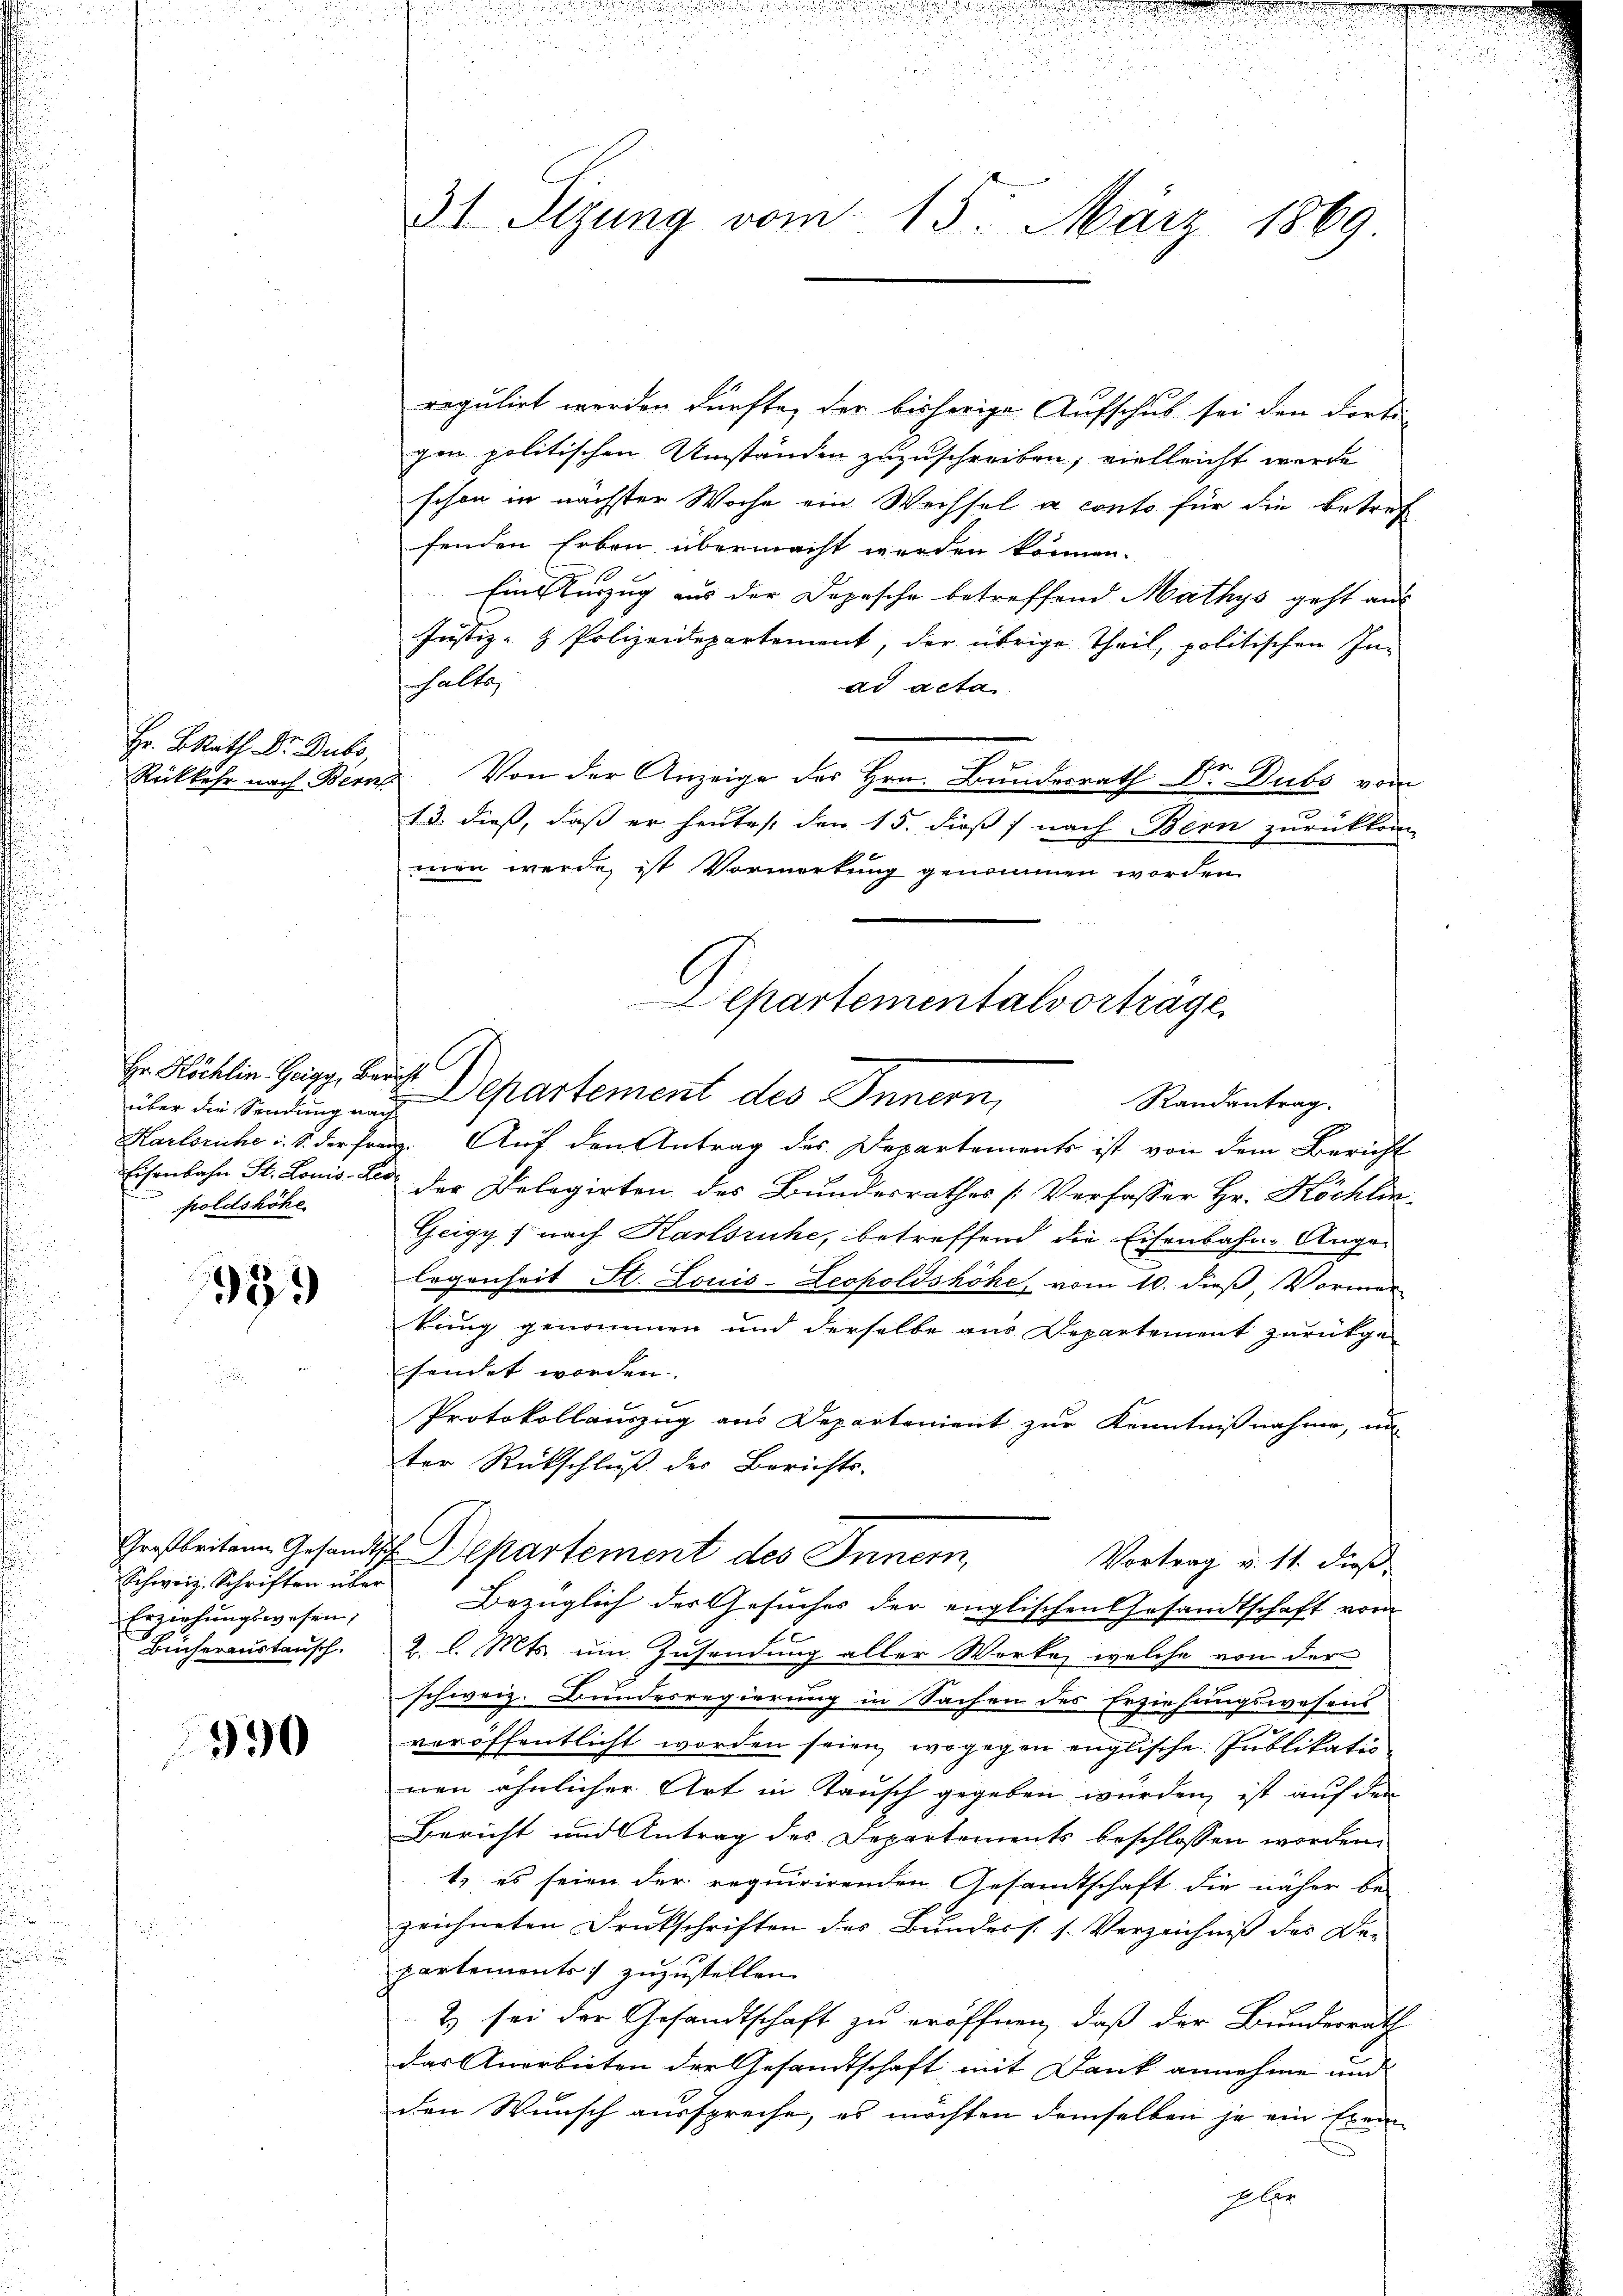
Hr. S. Rath Dr. Dubs,
Rückkehr nach Bern

über die Sendung nach
poldshöhe

933

Großbritann Gesandts
Schweiz. Schriften über
Erziehungswesen,
Bücheraustausch.

390

31 Setzung vom 15. März 1869

.

regulirt werden dürfte, der bisherige Aufschub sei den dorti-
gen politischen Umständen zuzuschreiben, vielleicht werde
schon in nächster Woche ein Wechsel a conto für die Betref
fenden Erben übermacht werden können.
Eine Verzug aus der Depesche betreffend Mathys geht aus
Justiz- & Polizeidepartement, der übrige Theil, politischen In-
shalte,
ad acta
 Von der Anzeige des Hrn. Bundesrath Dr. Dubs vom
13. dieß, daß er heutes den 15. dieß nach Bern zurückkom
men werde, ist Vormerkung genommen worden.
C
Er Rücklin Hegg, bei Departement des Innern,
Randantrag.
Karlsruhe u. S. der Franz. Auf den Antrag des Departements ist von dem Bericht
Eisenbahn St. Louis der der Delegirten des Bundesrathes [Verfasser Hr. Köchlin,
Geigy 7 nach Karlsruhe, betreffend die Eisenbahn-Angelegenheit St. Louis-Leopoldshöhe, vom 10. dieß, Vormer
kung genommen und derselbe aus Departement zurückge
hendet worden.
Protokollauszug aus Departenient zur Kenntnißnahme, un
ter Rückschluß des Berichts-
dh. Departement des Innern,
Vortrag v. 11. dieß,
Bezüglich der Gesuches der englischen Gesandtschaft vom
2. l. Mts. um Zusendung aller Werke, welche von der
schweiz. Bundesregierung in Sachen des Erziehungswesens
veröffentlicht worden seien, wogegen englische Publikatinen ähnlicher Art in Tausch gegeben würden, ist auf den
Bericht und Antrag des Departements beschlossen worden.
1., es seien der requirirenden Gesandtschaft die näher be-
zeichneten Druckschriften des Bundess. 1. Verzeichniß des De-
partements zuzustellen
& sei der Gesandtschaft zu eröffnen, daß der Bundesrath
das Anerbieten der Gesandtschaft mit Dank annehme und
den Wunsch ausspreche, es möchten demselben je ein Erei
Jaber

epartementalvorträge